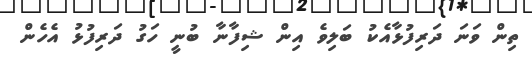
ތިން ވަނަ ދަރިފުޅާއެކު ބަލިވެ އިން ޝިފާނާ ބުނީ ހަގު ދަރިފުޅު އެހެން